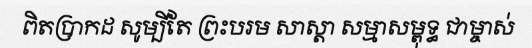
ពិតប្រាកដ សូម្បីតែ ព្រះបរម សាស្តា សម្មាសម្ពុទ្ធ ជាម្ចាស់